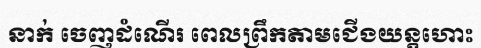
នាក់ ចេញដំណើរ ពេលព្រឹកតាមជើងយន្តហោះ